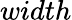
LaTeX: width